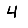
Digit: 4